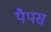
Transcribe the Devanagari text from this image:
पैपस